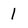
Character: l